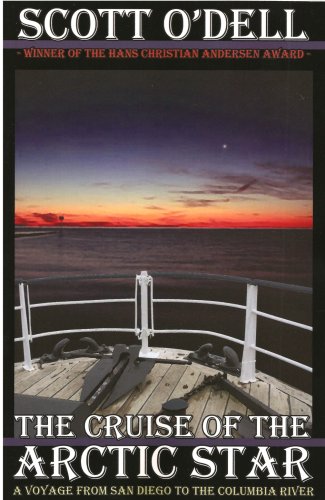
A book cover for The Cruise of the Arctic Star; Scott O'Dell; Travel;